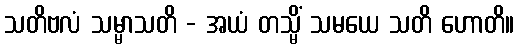
သတိဗလံ သမ္မာသတိ - အယံ တသ္မိံ သမယေ သတိ ဟောတိ။